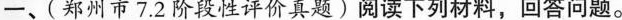
一、(郑州市7.2阶段性评价真题)阅读下列材料，回答问题。